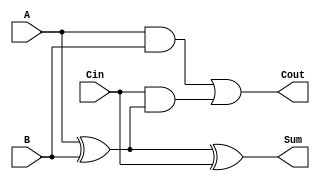
module FullAdder (
    input wire A,         // First input bit
    input wire B,         // Second input bit
    input wire Cin,       // Carry input
    output wire Sum,      // Sum output
    output wire Cout      // Carry output
);
    assign Sum = A ^ B ^ Cin;             // Sum calculation
    assign Cout = (A & B) | (Cin & (A ^ B)); // Carry calculation
endmodule